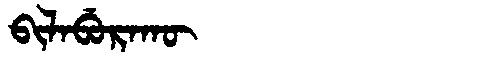
Manchu: ᠪᡳᠯᠠᠪᡠᡵᠠᡴᡡ
Romanization: BILABURAKŪ